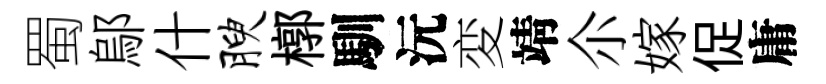
蜀鄔什腴槨馴沅変靖尒嫁促庸